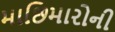
માછિમારોની